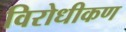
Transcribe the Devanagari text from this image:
विरोधीकण